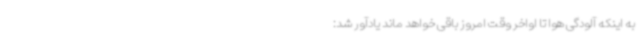
به اینکه آلودگی هوا تا اواخر وقت امروز باقی خواهد ماند یادآور شد: